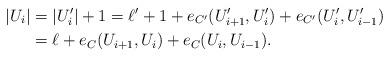
LaTeX: \begin{align*}|U_i|&=|U_i'|+1=\ell'+1 +e_{C'}(U_{i+1}', U_i')+e_{C'}(U_i', U_{i-1}')\\&=\ell+e_C(U_{i+1}, U_i)+e_C(U_i, U_{i-1}).\end{align*}